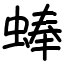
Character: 蜯